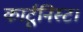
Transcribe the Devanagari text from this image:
कार्टूनिस्ट।